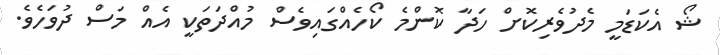
ޝޯ އެކަޑަމީ މެދުވެރިކޮށް ހަދާ ކޮންމެ ކޯހެއްގައިވެސް މުއްދަތަކީ އެއް މަސް ދުވަހެވެ.